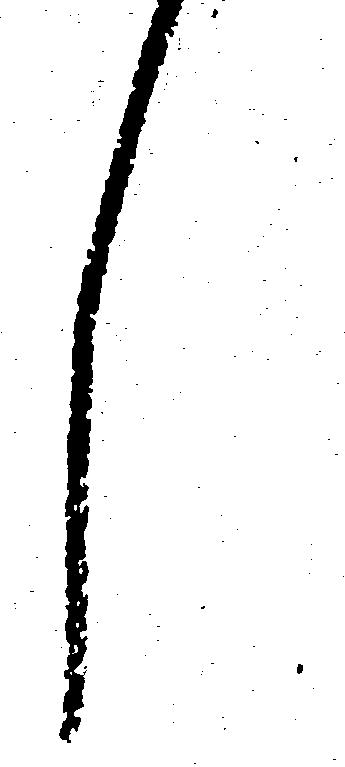
し